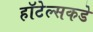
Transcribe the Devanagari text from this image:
हॉटेल्सकडे